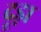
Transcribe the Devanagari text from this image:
दूड़ा